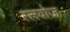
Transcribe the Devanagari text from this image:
स्लवोज